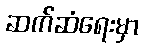
ဆက်ဆံရေးမှာ